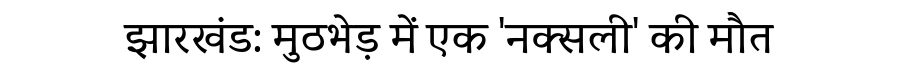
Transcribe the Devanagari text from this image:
झारखंड: मुठभेड़ में एक 'नक्सली' की मौत